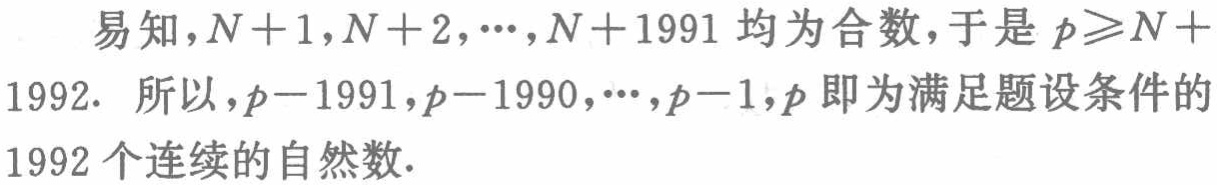
易知，\(N + 1,N + 2,\cdots,N + 1991\)均为合数，于是\(p\geqslant N + 1992\). 所以，\(p - 1991,p - 1990,\cdots,p - 1,p\)即为满足题设条件的\(1992\)个连续的自然数.